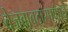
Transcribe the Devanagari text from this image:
बेजबाबदारपणाचे